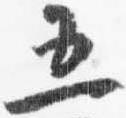
五